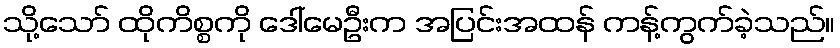
သို့သော် ထိုကိစ္စကို ဒေါ်မေဦးက အပြင်းအထန် ကန့်ကွက်ခဲ့သည်။